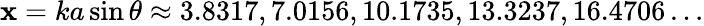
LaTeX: \mathbf{x}=ka\sin\theta\approx3.8317,7.0156,10.1735,13.3237,16.4706\dots